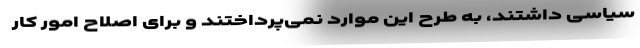
سیاسی داشتند، به طرح این موارد نمی‌پرداختند و برای اصلاح امور کار